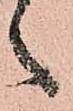
え